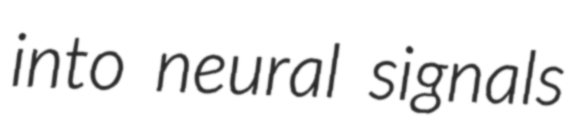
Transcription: into neural signals